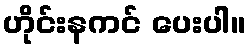
ဟိုင်းနကင် ပေးပါ။